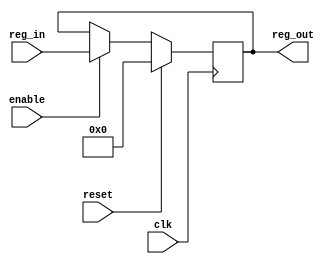
`timescale 1ns / 1ps
//////////////////////////////////////////////////////////////////////////////////
// Company: 
// Engineer: 
// 
// Design Name: 
// Module Name:    register 
// Project Name: 
// Target Devices: 
// Tool versions: 
// Description: 
//
// Dependencies: 
//
// Revision: 
// Revision 0.01 - File Created
// Additional Comments: 
//
//////////////////////////////////////////////////////////////////////////////////
module register(
   input 			 clk,
	input 			 reset,
	input 			 enable,
	input      [3:0] reg_in,
	output reg [3:0] reg_out
	);
	
	always@(posedge clk)
	begin
		if (reset) 		 reg_out = 0;
		else if (enable) reg_out = reg_in;
	end

endmodule